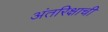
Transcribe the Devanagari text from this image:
अंतरिक्षाची